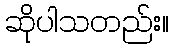
ဆိုပါသတည်း။